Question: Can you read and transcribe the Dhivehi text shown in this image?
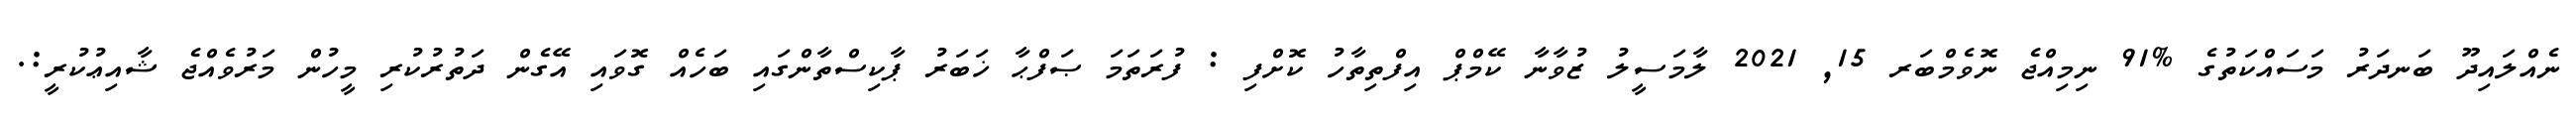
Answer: ނެއްލައިދޫ ބަނދަރު މަސައްކަތުގެ %91 ނިމިއްޖެ ނޮވެމްބަރ 15, 2021 ލާމަސީލު ޒުވާނާ ކޭމްޕް އިފްތިތާހު ކޮށްފި : ފުރަތަމަ ޞަފްޙާ ޚަބަރު ޕާކިސްތާންގައި ބަހެއް ގޮވައި އޭގެން ދަތުރުކުރި މީހުން މަރުވެއްޖެ ޝާއިޢުކުރީ:.